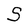
Character: S